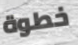
خطوة